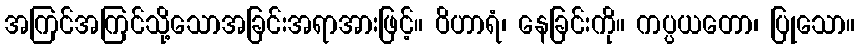
အကြင်အကြင်သို့သောအခြင်းအရာအားဖြင့်။ ဝိဟာရံ၊ နေခြင်းကို။ ကပ္ပယတော၊ ပြုသော။